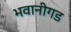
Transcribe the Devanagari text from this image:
भवानीगड